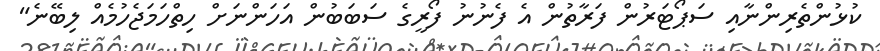
ކުޅުންތެރިންނާއި ސަޕޯޓަރުން ފަރާތުން އެ ފެނުނު ފޯރީގެ ސަބަބުން އަހަންނަށް ހިތްހަމަޖެހުމެއް ލިބޭނެ"